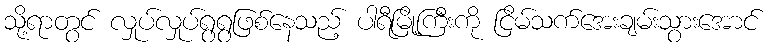
သို့ရာတွင် လှုပ်လှုပ်ရွရွဖြစ်နေသည့် ပါရီမြို့ကြီးကို ငြိမ်သက်အေးချမ်းသွားအောင်